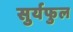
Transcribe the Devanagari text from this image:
सुर्यफुल